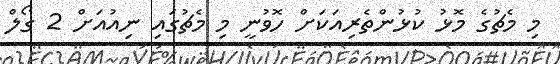
މި މެޗުގެ މޮޅު ކުޅުންތެރިއަކަށް ހޮވުނީ މި މެޗުގައި ނިއުއަށް 2 ގޯލް